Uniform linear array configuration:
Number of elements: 4
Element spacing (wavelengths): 1
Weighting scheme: kaiser
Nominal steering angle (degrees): -30
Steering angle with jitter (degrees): -28.52
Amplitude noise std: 0.05
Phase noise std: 0.05

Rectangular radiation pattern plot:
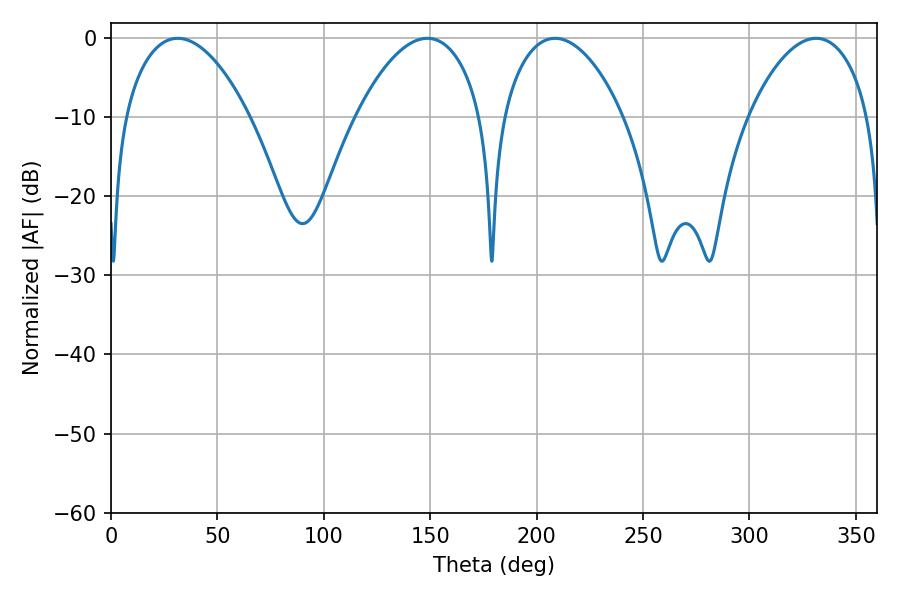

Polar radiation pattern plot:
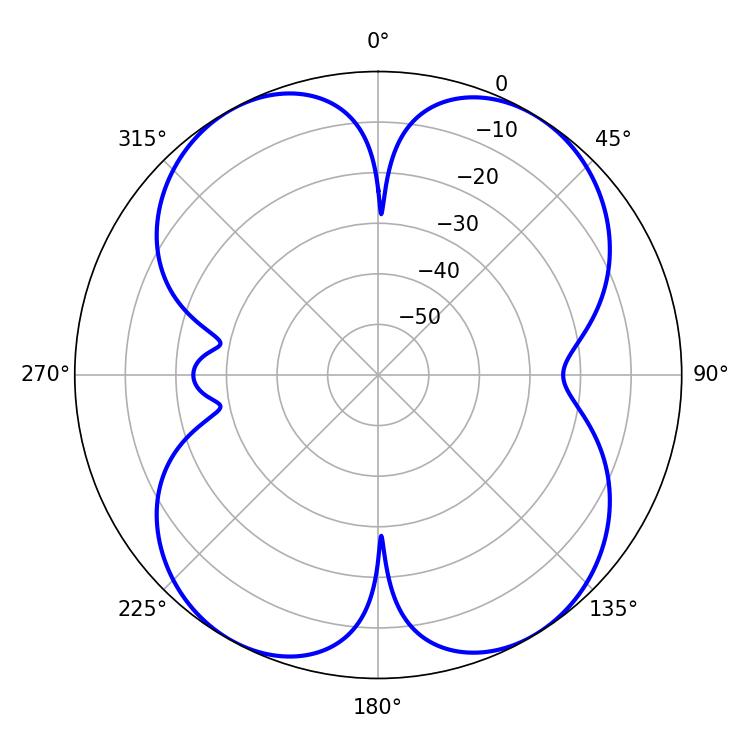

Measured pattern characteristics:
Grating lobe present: TRUE
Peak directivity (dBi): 14.151
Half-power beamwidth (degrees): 32.94
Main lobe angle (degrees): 31.32